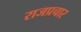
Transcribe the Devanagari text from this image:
राजप्रचार